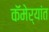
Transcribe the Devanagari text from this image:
कॅमेर्‍यांत